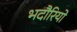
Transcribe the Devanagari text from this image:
भदौरियो